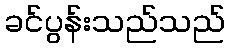
ခင်ပွန်းသည်သည်